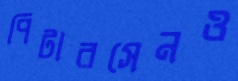
পিটারসেনও